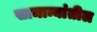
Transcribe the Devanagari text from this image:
सामान्यांतील